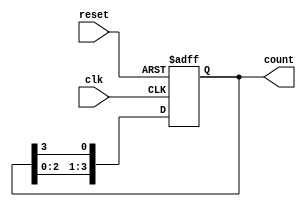
module johnson_gray_counter (
    input clk,
    input reset,
    output reg [3:0] count
);

always @(posedge clk or posedge reset) begin
    if (reset) begin
        count <= 4'b0001;
    end else begin
        count <= {count[2:0], count[3]};
    end
end

endmodule